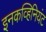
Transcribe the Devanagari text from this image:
इनकव्हिनियंट